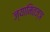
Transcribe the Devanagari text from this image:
ज्यामितज्ञ